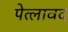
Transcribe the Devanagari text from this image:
पेत्लावद